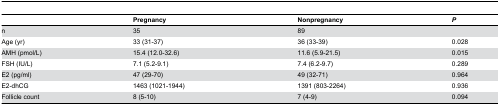
|  | Pregnancy | Nonpregnancy | P |
 | --- | --- | --- | --- |
 | n | 35 | 89 |  |
 | Age (yr) | 33 (31-37) | 36 (33-39) | 0.028 |
 | AMH (pmol/L) | 15.4 (12.0-32.6) | 11.6 (5.9-21.5) | 0.015 |
 | FSH (IU/L) | 7.1 (5.2-9.1) | 7.4 (6.2-9.7) | 0.289 |
 | E2 (pg/ml) | 47 (29-70) | 49 (32-71) | 0.964 |
 | E2-dhCG | 1463 (1021-1944) | 1391 (803-2264) | 0.936 |
 | Follicle count | 8 (5-10) | 7 (4-9) | 0.094 |